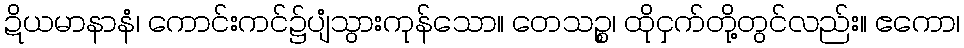
ဍိယမာနာနံ၊ ကောင်းကင်၌ပျံသွားကုန်သော။ တေသဉ္စ၊ ထိုငှက်တို့တွင်လည်း။ ဧကော၊